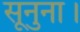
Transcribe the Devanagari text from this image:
सूनुना।